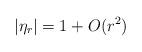
LaTeX: \begin{align*} |\eta_r| = 1+O(r^2) \end{align*}